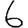
Digit: 6